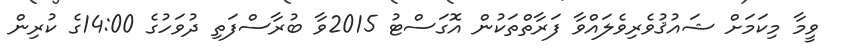
ވީމާ މިކަމަށް ޝައުޤުވެރިވެލައްވާ ފަރާތްތަކުން އޮގަސްޓު 2015ވާ ބުރާސްފަތި ދުވަހުގެ 14:00ގެ ކުރިން